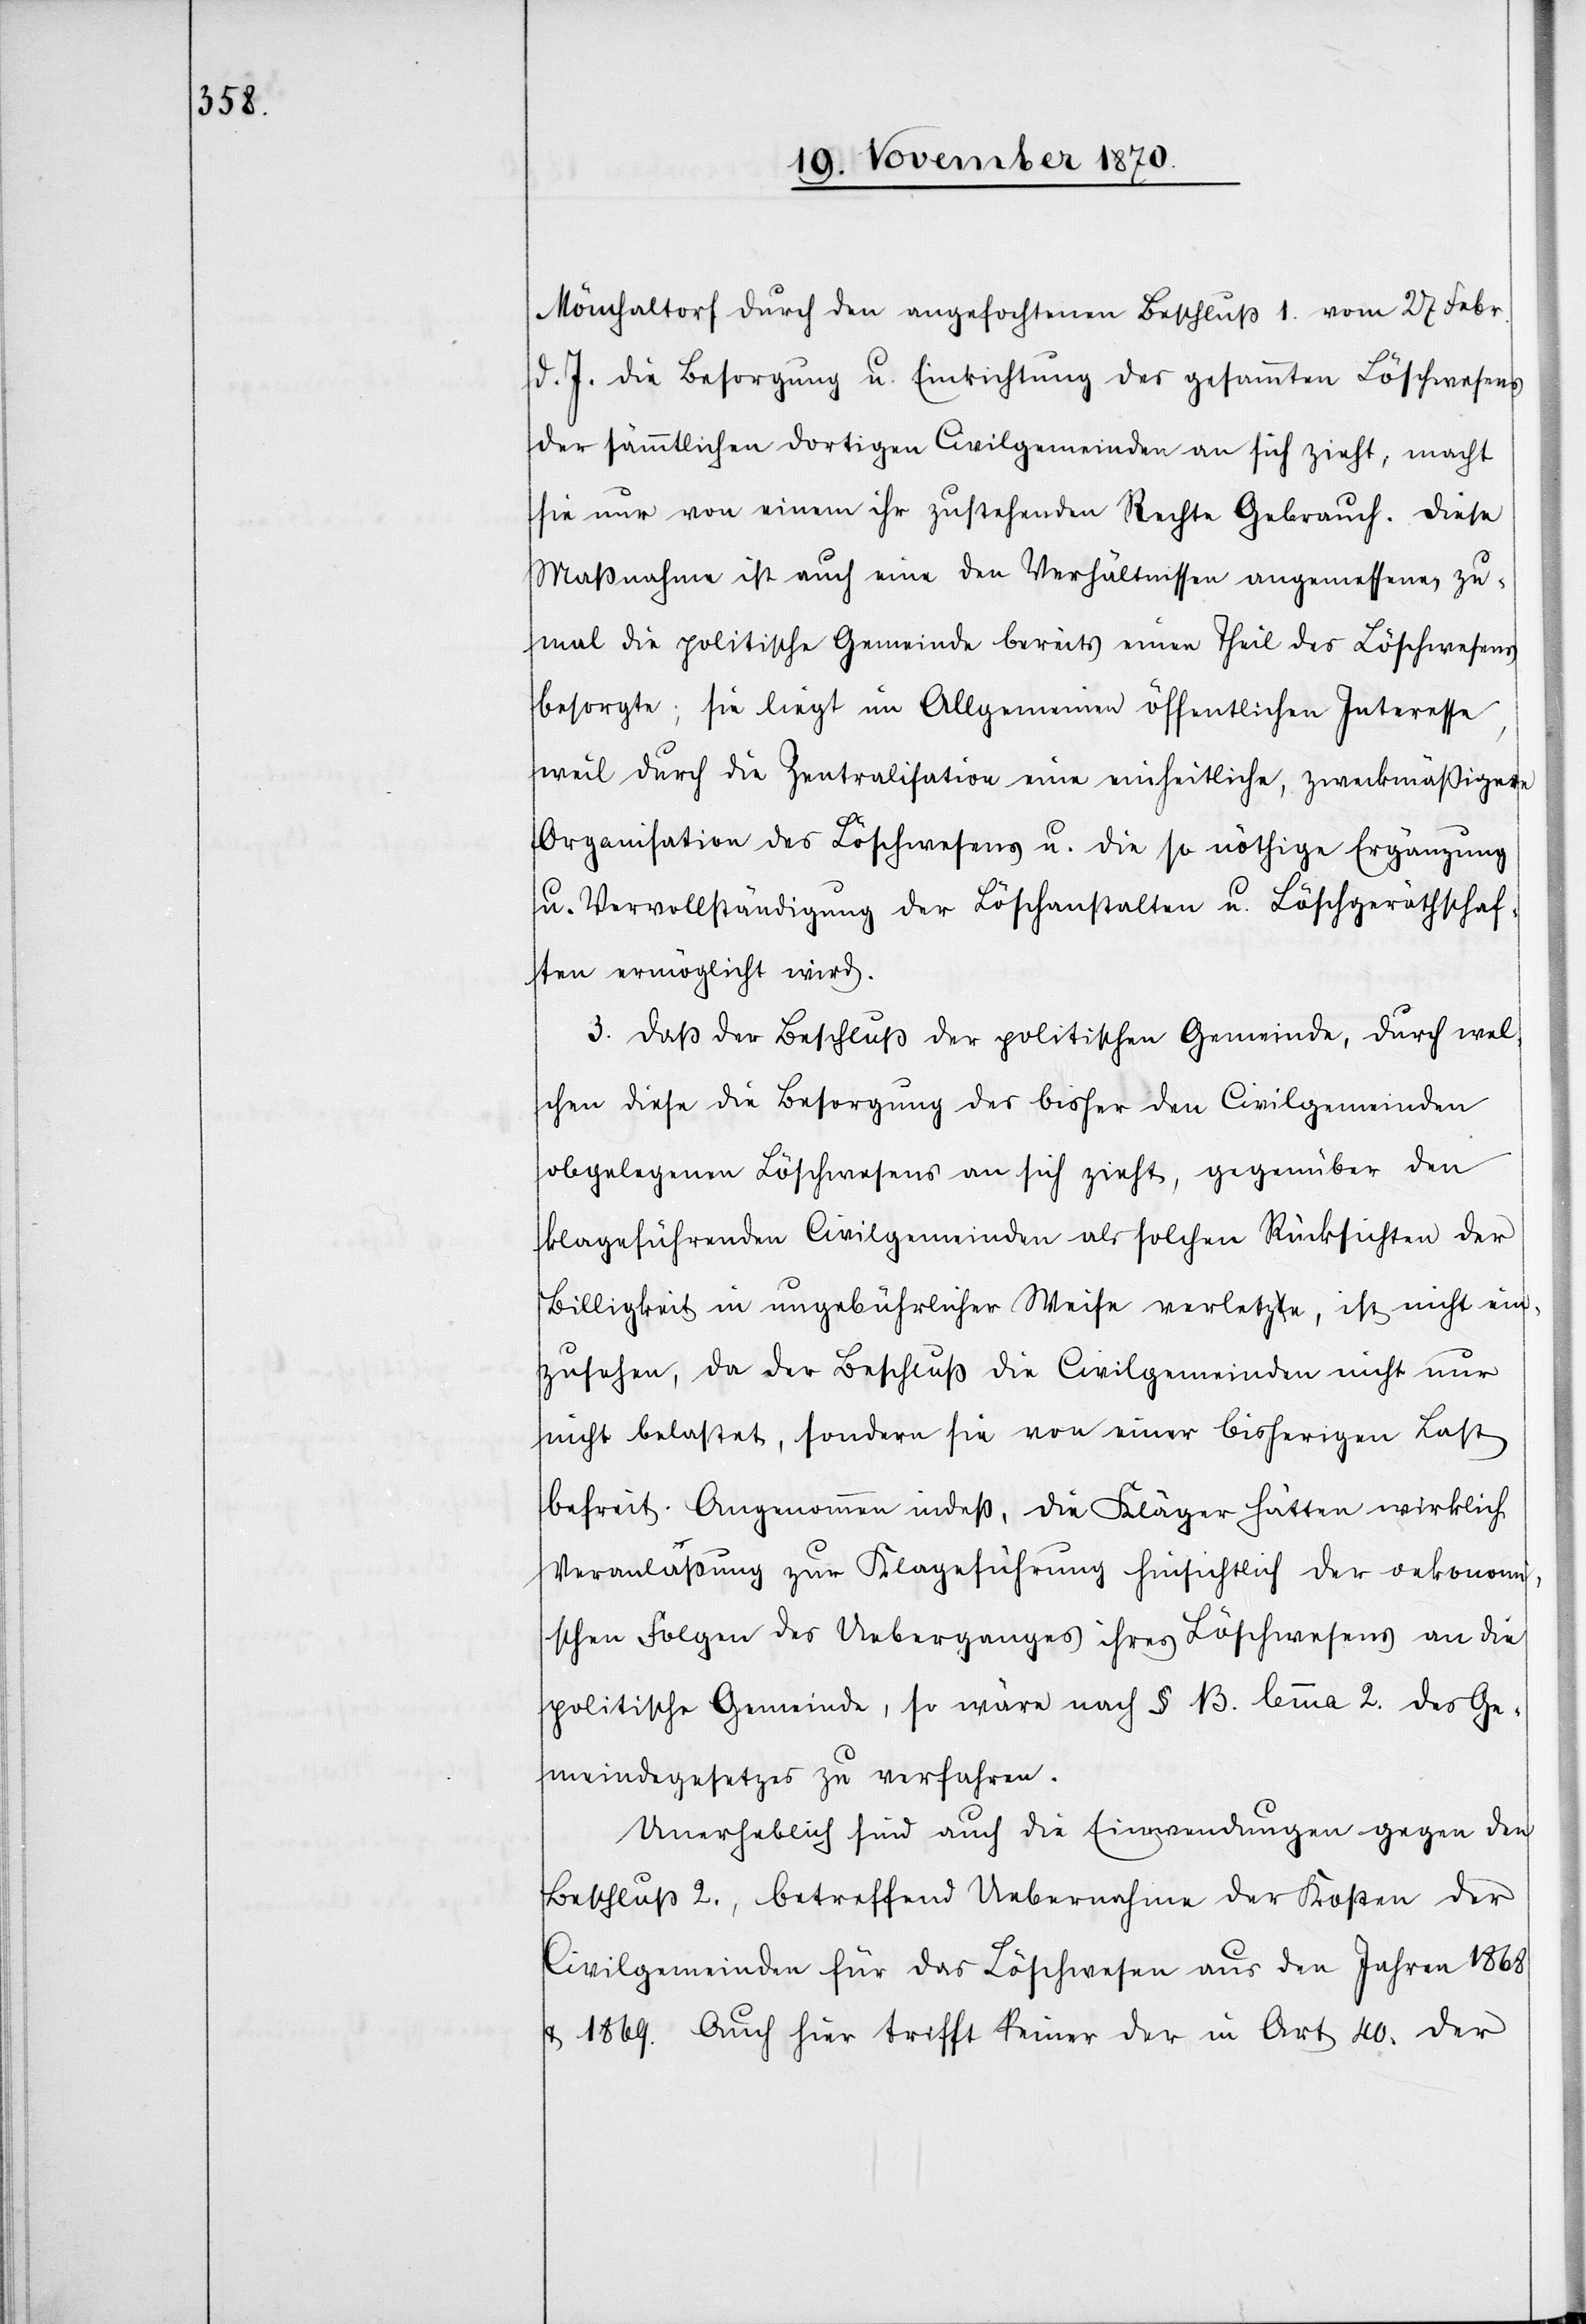
Mönchaltorf durch den angefochtenen Beschluß 1. vom 27 Febr.
d. J. die Besorgung u. Einrichtung des gesammten Löschwesens
der sämmtlichen dortigen Civilgemeinden an sich zieht, macht
sie nur von einem ihr zustehenden Rechte Gebrauch. Diese
Maßnahme ist auch eine den Verhältnissen angemessene, zu¬
mal die politische Gemeinde bereits einen Theil des Löschwesens
besorgte; sie liegt im Allgemeinen öffentlichen Interesse,
weil durch die Zentralisation eine einheitliche, zweckmäßigere
Organisation des Löschwesens u. die so nöthige Ergänzung
u. Vervollständigung der Löschanstalten u. Löschgeräthschaf¬
ten ermöglicht wird.
3. Daß der Beschluß der politischen Gemeinde, durch wel¬
chen diese die Besorgung des bisher den Civilgemeinden
obgelegenen Löschwesens an sich zieht, gegenüber den
klageführenden Civilgemeinden als solchen Rücksichten der
Billigkeit in ungebührlicher Weise verletza-t-ae, ist nicht ein¬
zusehen, da der Beschluß die Civilgemeinde nicht nur
nicht belastet, sondern sie von einer bisherigen Last
befreit. Angenommen indeß, die Kläger hätten wirklich
Veranlaßung zur Klageführung hinsichtlich der oekonomi¬
schen Folgen des Ueberganges ihres Löschwesens an die
politische Gemeinde, so wäre nach § 13. lemma 2. des Ge¬
meindegesetzes zu verfahren.
Unerheblich sind auch die Einwendungen gegen den
Beschluß 2., betreffend Uebernahme der Kosten der
Civilgemeinden für das Löschwesen aus den Jahren 1868
& 1869. Auch hier trifft keiner der in Art 40. der